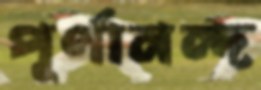
পূর্ণানন্দ